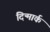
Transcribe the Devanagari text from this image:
दिन्मार्क